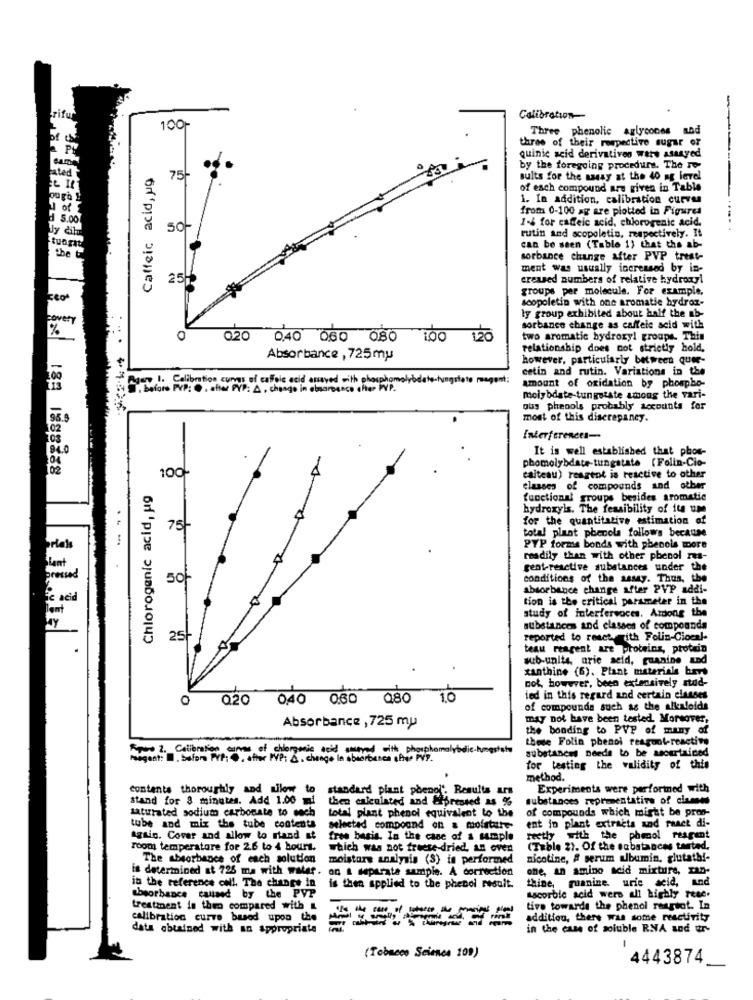
Calibration-
100-
Three phenolic aglycones
three of their respective sugar or
cama
quinic acid derivatives wars asanyed
hated
Caffeic acid, ug
by the foregoing procedure. The Fo-
75
sults for the sassy at the 4o ag level
of each compound are given in Table
1. In addition, calibration curvas
of
from 0-100 ag are plotted in Figures
1 5.00
1-4 for caffeic acid, chlorogenic acid.
Jy čin
SOF
rutin and scopoletin, respectively. It
. .
tunga
can be seen (Table 1) that the ab-
the
sorbance change after PVP treat-
ment was usually increased by in-
25H
creased numbers of relative hydroxyl
groups per molecule. For example,
scopoletin with one aromatie hydroz-
ly group exhibited about half the nb-
covery
sorbance change as caffele seid with
0
020 040 0.60 080 100 120
two aromatic bydroxy! groups. This
relationship does not strictly hold.
Absorbance , 725my
however, particularly between quee-
cetin and rutin. Variations in the
Rgary I. Calibration cungs of caffeic acid anaved with phosphomolybdate-tungriate magent;
amount of oxidation by phospho-
. before PVP: . after PVP: A , change in absarpence chter PVP.
molybdate-tungstate among the Tari-
ous pheools probably tocounts for
most of this discrepancy.
102
Interference-
It is well established that phos-
phomolybdate-tungstate (Folin-Cio-
100%
calteau) reageot is reactive to other
Chlorogenic acid, ug
classes of compounds and other
functional groups besides aromatic
hydroxyis. The feasibility of its um
for the quantitative estimation of
75-
total plant phenola follows because
print
PVP forms bonds with phenols more
readily than with other phenol rs-
plant
gent-reactive substances under the
pressed
50-
conditions of the sassy. Thus, the
absorbance change after PVP addi-
acid
tion is the critical parameter in the
study of interfervoces. Among the
substances and classes of compounds
25
reported to react with Folin-Cioeal-
teau reagent are proteins, protein
sub-units, arie_acid, guanine and
xanthine (6). Plant materials bes
not, however, been extensively stad-
020 040 0.60 080 1.0
led in this regard and certain classes
of compounds such as the alkaloids
may not have been tested. Morsover.
Absorbance , 725 my
the bonding to PVP of many of
these Folin phenol reaguot-reactive
Spero 2. Calibration comme of chiorganic sold word with phosphomalybdie-humastato
substances needs to be ascertained
Paagent: . before PVP: @. after PVP: & . change la absorbance shie PVP.
for testing the validity of this
method.
contents thoroughly and tilow to
standard plant phenol'. Results ars
Experiments were performed with
stand for 8 minutes. Add 1.00 mi
then calculated and Sipressed as %
substances representative of ciamos
saturated sodium carbonate to each
total plant phenol equivalent to the
of compounds which might be prog-
tube and mix the tube contents
selected compound on & moistatt
est in plant extracts and rance di-
Again. Cover and allow to rtand st
free basis. In the case of a sample
rectly with the phesol reagent
room temperature for 2.6 to 4 hours.
which was not freese-dried, an even
(Table 2), Of the substances tarted,
The absorbance of each solution
moisture analysis (S) is performed
nicotine, # serum albumin, glutathi-
is determined at 725 ma with water.
on a separate sample. A correction
one, an amino acid mixture, man-
in the reference coll. The change in
is then applied to the phenol result.
thine, ruanine, uric acid, and
Absorbance caused by the PVP
Lacorbie acid wers all highly rese.
treatment in then compared with
tive towards the phenol reagiot. In
calibration curve based upon the
addition, there was some reactivity
data obtained with an appropriate
in the case of soluble RNA and utr
(Tobacco Science 109)
4443874